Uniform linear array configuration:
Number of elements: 64
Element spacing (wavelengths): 0.75
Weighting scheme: exponential
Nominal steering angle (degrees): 60
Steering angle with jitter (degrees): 58.209
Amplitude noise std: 0.05
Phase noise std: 0.05

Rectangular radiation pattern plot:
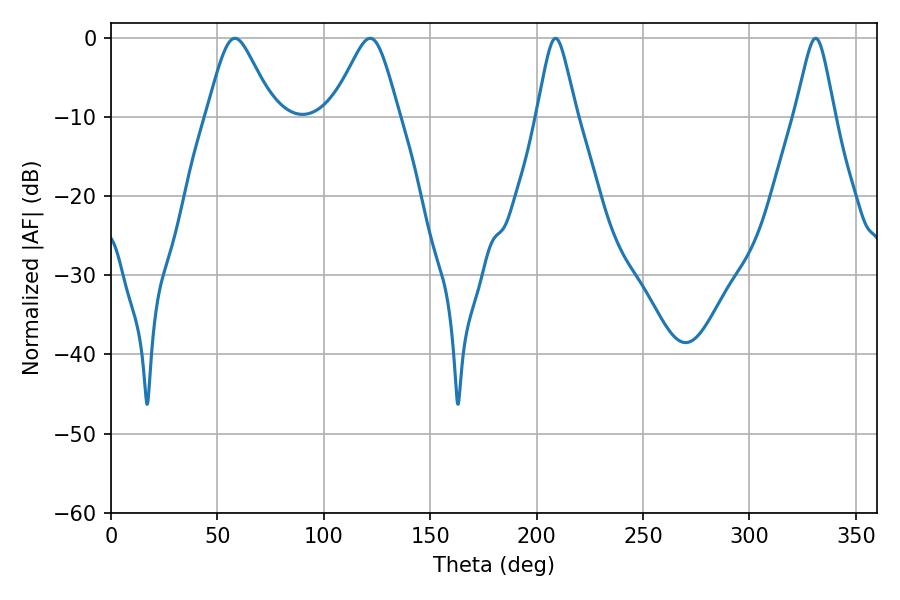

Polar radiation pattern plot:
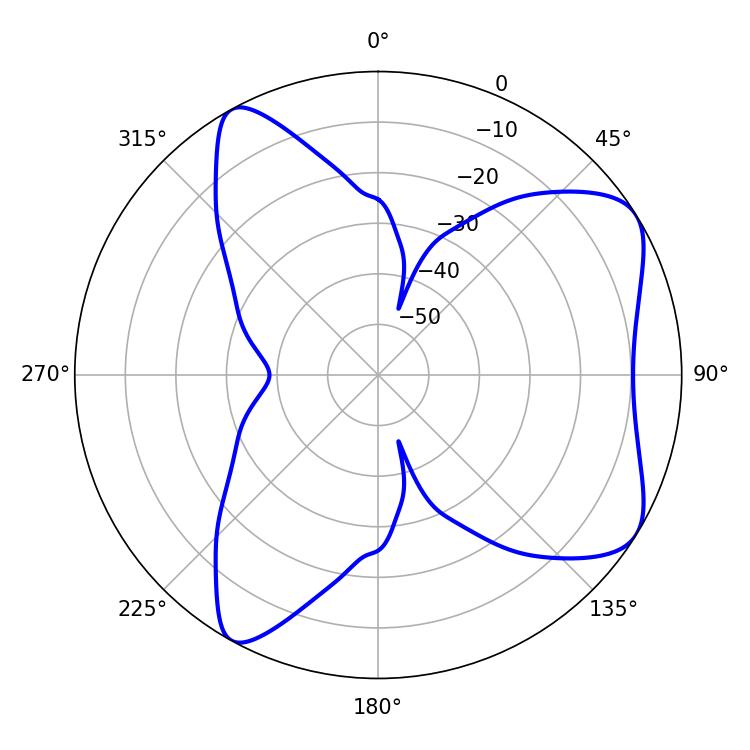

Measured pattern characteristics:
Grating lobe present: TRUE
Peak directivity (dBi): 7.025
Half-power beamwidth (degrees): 15.12
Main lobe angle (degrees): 58.14